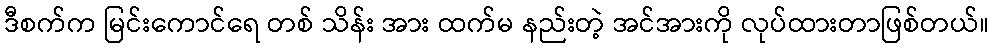
ဒီစက်က မြင်းကောင်ရေ တစ် သိန်း အား ထက်မ နည်းတဲ့ အင်အားကို လုပ်ထားတာဖြစ်တယ်။